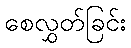
စေလွှတ်ခြင်း